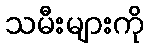
သမီးများကို